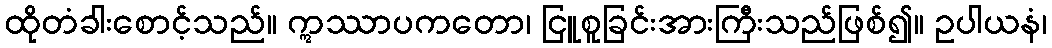
ထိုတံခါးစောင့်သည်။ ဣဿာပကတော၊ ငြူစူခြင်းအားကြီးသည်ဖြစ်၍။ ဥပါယနံ၊